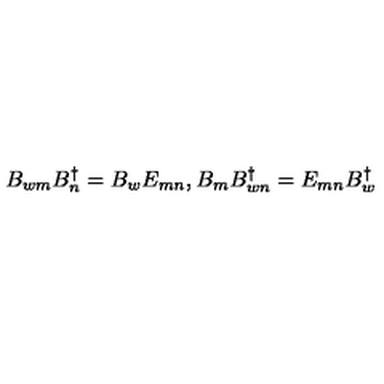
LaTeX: B _ { w m } B _ { n } ^ { \dagger } = B _ { w } E _ { m n } , B _ { m } B _ { w n } ^ { \dagger } = E _ { m n } B _ { w } ^ { \dagger }